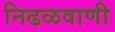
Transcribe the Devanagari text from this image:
निढळवाणी